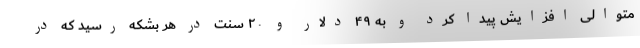
متوالی افزایش پیدا کرد و به ۴۹ دلار و ۲۰ سنت در هر بشکه رسید که در